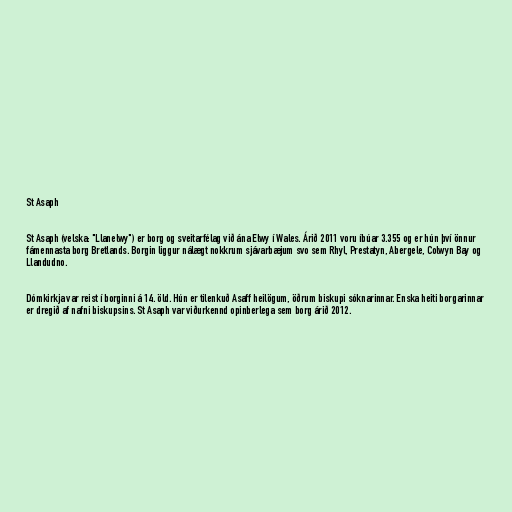
St Asaph

St Asaph (velska: "Llanelwy") er borg og sveitarfélag við ána Elwy í Wales. Árið 2011 voru íbúar 3.355 og er hún því önnur
fámennasta borg Bretlands. Borgin liggur nálægt nokkrum sjávarbæjum svo sem Rhyl, Prestatyn, Abergele, Colwyn Bay og
Llandudno.

Dómkirkja var reist í borginni á 14. öld. Hún er tilenkuð Asaff heilögum, öðrum biskupi sóknarinnar. Enska heiti borgarinnar
er dregið af nafni biskupsins. St Asaph var viðurkennd opinberlega sem borg árið 2012.